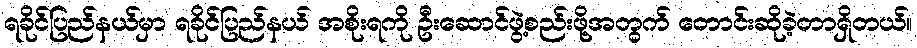
ရခိုင်ပြည်နယ်မှာ ရခိုင်ပြည်နယ် အစိုးရကို ဦးဆောင်ဖွဲ့စည်းဖို့အတွက် တောင်းဆိုခဲ့တာရှိတယ်။